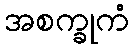
အစက္ခုကံ